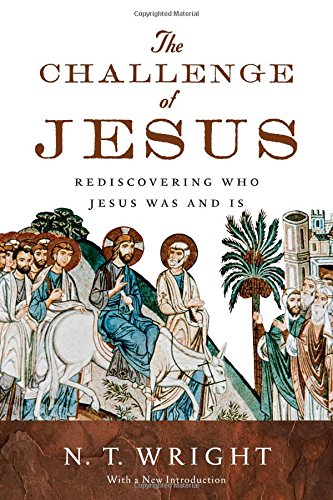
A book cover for The Challenge of Jesus: Rediscovering Who Jesus Was and Is; N. T. Wright; History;